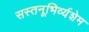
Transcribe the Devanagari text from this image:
सस्तनूभिर्व्यशेम